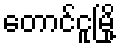
တောင်ငူမြို့